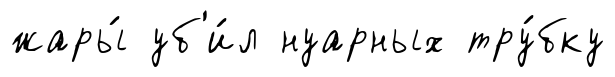
жары́ уб'и́л нуарных тру́бку